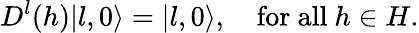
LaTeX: D^{l}(h)|l,0\rangle=|l,0\rangle,~~~~\mathrm{for~all}~h\in H.